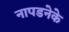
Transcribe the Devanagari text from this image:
नापडनेके